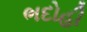
ભદોહી